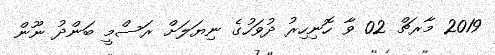
2019 މާރޗް 02 ވާ ހޮނިހިރު ދުވަހުގެ ނިޔަލަށް ރަސްމީ ބަންދު ނޫން